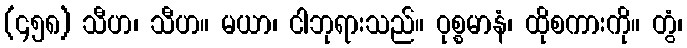
(၄၅၈) သီဟ၊ သီဟ။ မယာ၊ ငါဘုရားသည်။ ဝုစ္စမာနံ၊ ထိုစကားကို။ တွံ၊